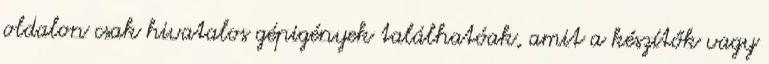
oldalon csak hivatalos gépigények találhatóak, amit a készítők vagy